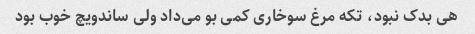
هی بدک نبود، تکه مرغ سوخاری کمی بو می‌داد ولی ساندویچ خوب بود